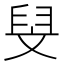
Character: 𮍧